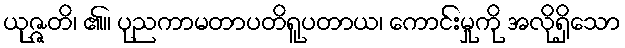
ယုဇ္ဇတိ၊ ၏။ ပုညကာမတာပတိရူပတာယ၊ ကောင်းမှုကို အလိုရှိသော